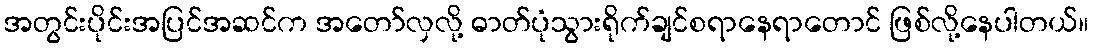
အတွင်းပိုင်းအပြင်အဆင်က အတော်လှလို့ ဓာတ်ပုံသွားရိုက်ချင်စရာနေရာတောင် ဖြစ်လို့နေပါတယ်။